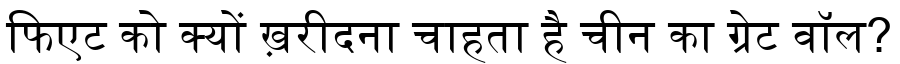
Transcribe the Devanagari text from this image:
फिएट को क्यों ख़रीदना चाहता है चीन का ग्रेट वॉल?